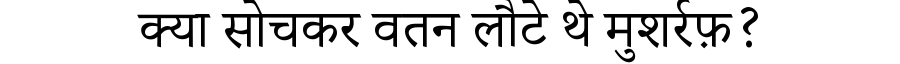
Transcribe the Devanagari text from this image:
क्या सोचकर वतन लौटे थे मुशर्रफ़?